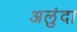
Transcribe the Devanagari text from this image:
अलुंदा